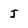
Character: j